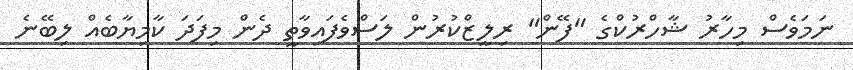
ނަމަވެސް މިހާރު ޝާހްރުކްގެ "ފޭން" ރިލީޒްކުރުން ލަސްވެފައިވާތީ ދެން މިފަދަ ކާމިޔާބެއް ލިބޭނެ